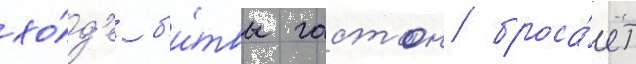
хо́д'е б'и́твы гастон броса́ет